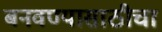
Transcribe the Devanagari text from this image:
बनवण्यासाठीचा